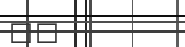
٦٣